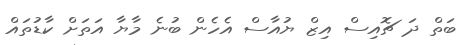
ބަތް ދަ ޗޮއިސް އިޒް ޔުއާސް އެހެން ބުނެ މާޔާ އަތަށް ކާޑުތައް